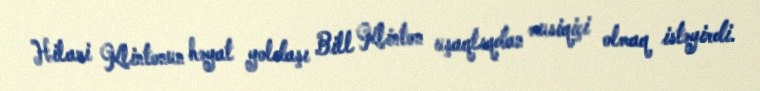
Hilari Klintonun həyat yoldaşı Bill Klinton uşaqlıqdan musiqiçi olmaq istəyirdi.